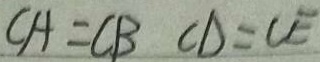
C A = C B C D = C E